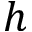
h